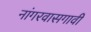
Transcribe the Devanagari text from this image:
नांगरवासगावी